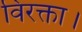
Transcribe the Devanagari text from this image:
विरक्ता।